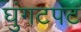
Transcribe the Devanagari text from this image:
घुंगटपट